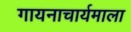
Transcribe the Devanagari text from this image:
गायनाचार्यमाला